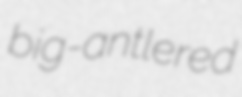
big-antlered